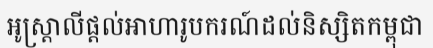
អូស្ត្រាលីផ្តល់អាហារូបករណ៍ដល់និស្សិតកម្ពុជា